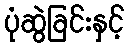
ပုံဆွဲခြင်းနှင့်